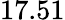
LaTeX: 17.51